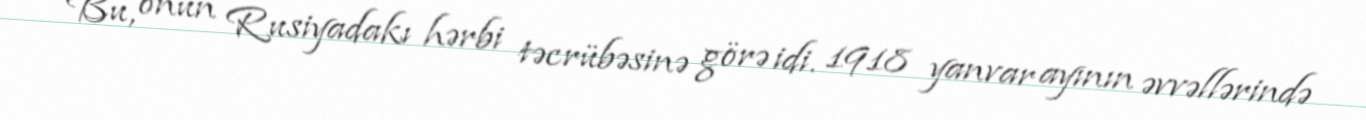
Bu, onun Rusiyadakı hərbi təcrübəsinə görə idi. 1918 yanvar ayının əvvəllərində